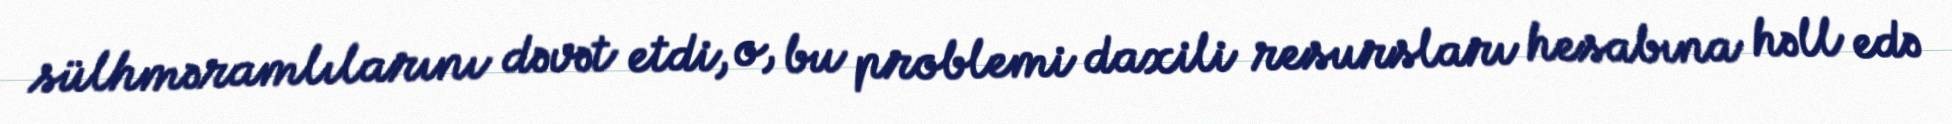
sülhməramlılarını dəvət etdi, o, bu problemi daxili resursları hesabına həll edə